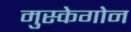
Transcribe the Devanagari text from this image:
मुस्केगोन